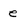
Character: e